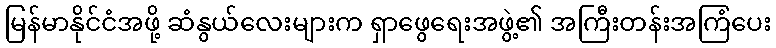
မြန်မာနိုင်ငံအဖို့ ဆံနွယ်လေးများက ရှာဖွေရေးအဖွဲ့၏ အကြီးတန်းအကြံပေး